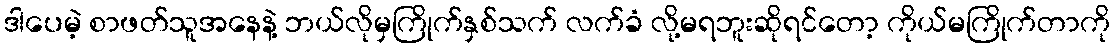
ဒါပေမဲ့ စာဖတ်သူအနေနဲ့ ဘယ်လိုမှကြိုက်နှစ်သက် လက်ခံ လို့မရဘူးဆိုရင်တော့ ကိုယ်မကြိုက်တာကို